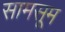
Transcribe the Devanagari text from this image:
सामसूम